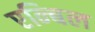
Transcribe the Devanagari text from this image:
एन्बिल